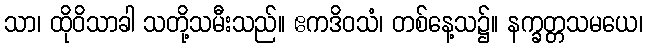
သာ၊ ထိုဝိသာခါ သတို့သမီးသည်။ ဧကဒိဝသံ၊ တစ်နေ့သ၌။ နက္ခတ္တသမယေ၊